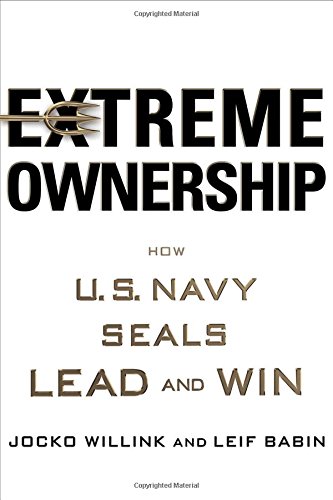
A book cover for Extreme Ownership: How U.S. Navy SEALs Lead and Win; Jocko Willink; Business & Money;